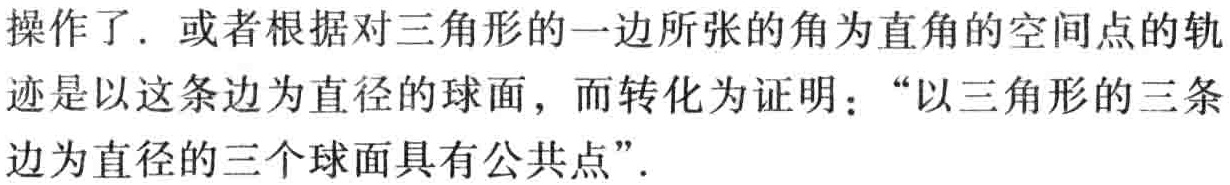
操作了. 或者根据对三角形的一边所张的角为直角的空间点的轨迹是以这条边为直径的球面, 而转化为证明：“以三角形的三条边为直径的三个球面具有公共点”.